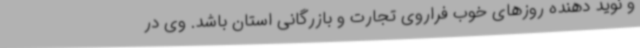
و نوید دهنده روزهای خوب فراروی تجارت و بازرگانی استان باشد. وی در